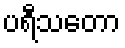
ပရီသတော